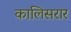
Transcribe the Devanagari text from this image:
कालिसरार